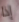
إذا